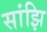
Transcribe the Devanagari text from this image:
सांझि